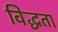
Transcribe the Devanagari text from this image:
विद्धता